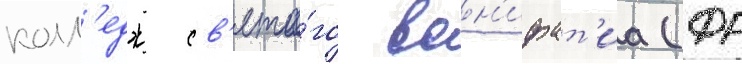
колл'едж св'ято́го вон'ифат'иа (фр